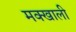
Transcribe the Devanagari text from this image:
मक्खाली